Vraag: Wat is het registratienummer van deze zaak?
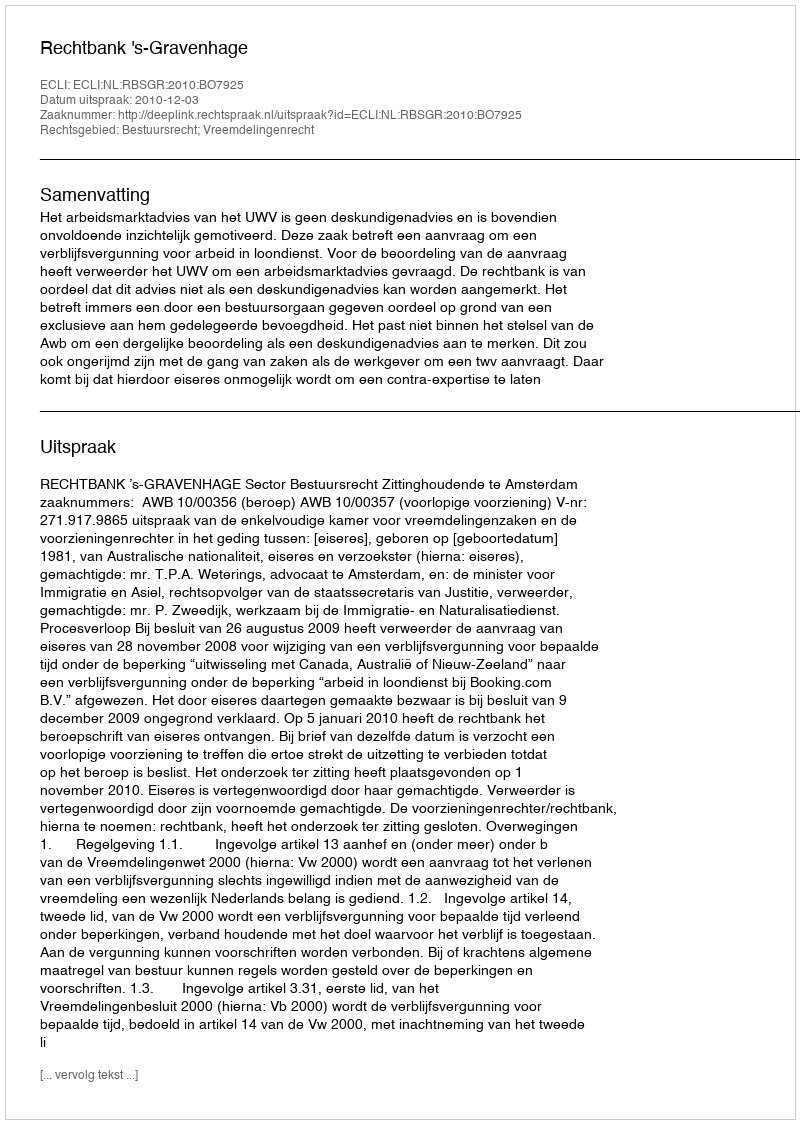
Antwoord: http://deeplink.rechtspraak.nl/uitspraak?id=ECLI:NL:RBSGR:2010:BO7925